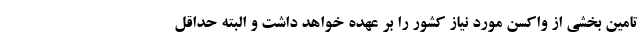
تامین بخشی از واکسن مورد نیاز کشور را بر عهده خواهد داشت و البته حداقل